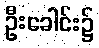
ဦးခေါင်း၌